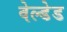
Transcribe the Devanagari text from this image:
वेल्डेड